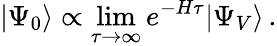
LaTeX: |\Psi_{0}\rangle\propto\operatorname*{lim}_{\tau\rightarrow\infty}e^{-H\tau}|\Psi_{V}\rangle\, .